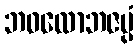
ဘဝလောဘဇပ္ပံ